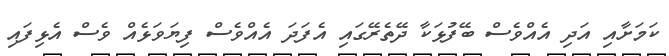
ކަމަށާއި އަދި އެއްވެސް ބޭފުޅަކާ ދޭތެރޭގައި އެފަދަ އެއްވެސް ފިޔަވަޅެއް ވެސް އެޅިފައި